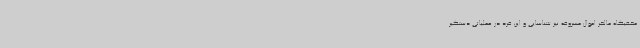
مخفیگاه مالخر اموال مسروقه نیز شناسایی و این فرد در عملیاتی دستگیر